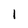
Character: l